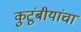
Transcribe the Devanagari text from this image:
कुटूंबीयांचा